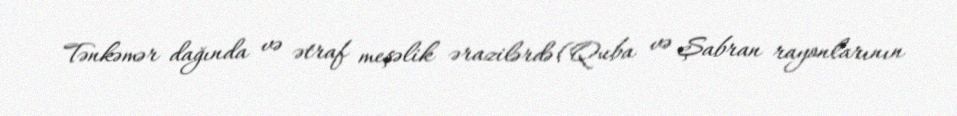
Tənkəmər dağında və ətraf meşəlik ərazilərdə (Quba və Şabran rayonlarının